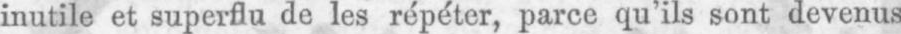
inutile et superflu de les répéter, parce qu’ils sont devenus